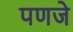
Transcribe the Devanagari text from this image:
पणजे